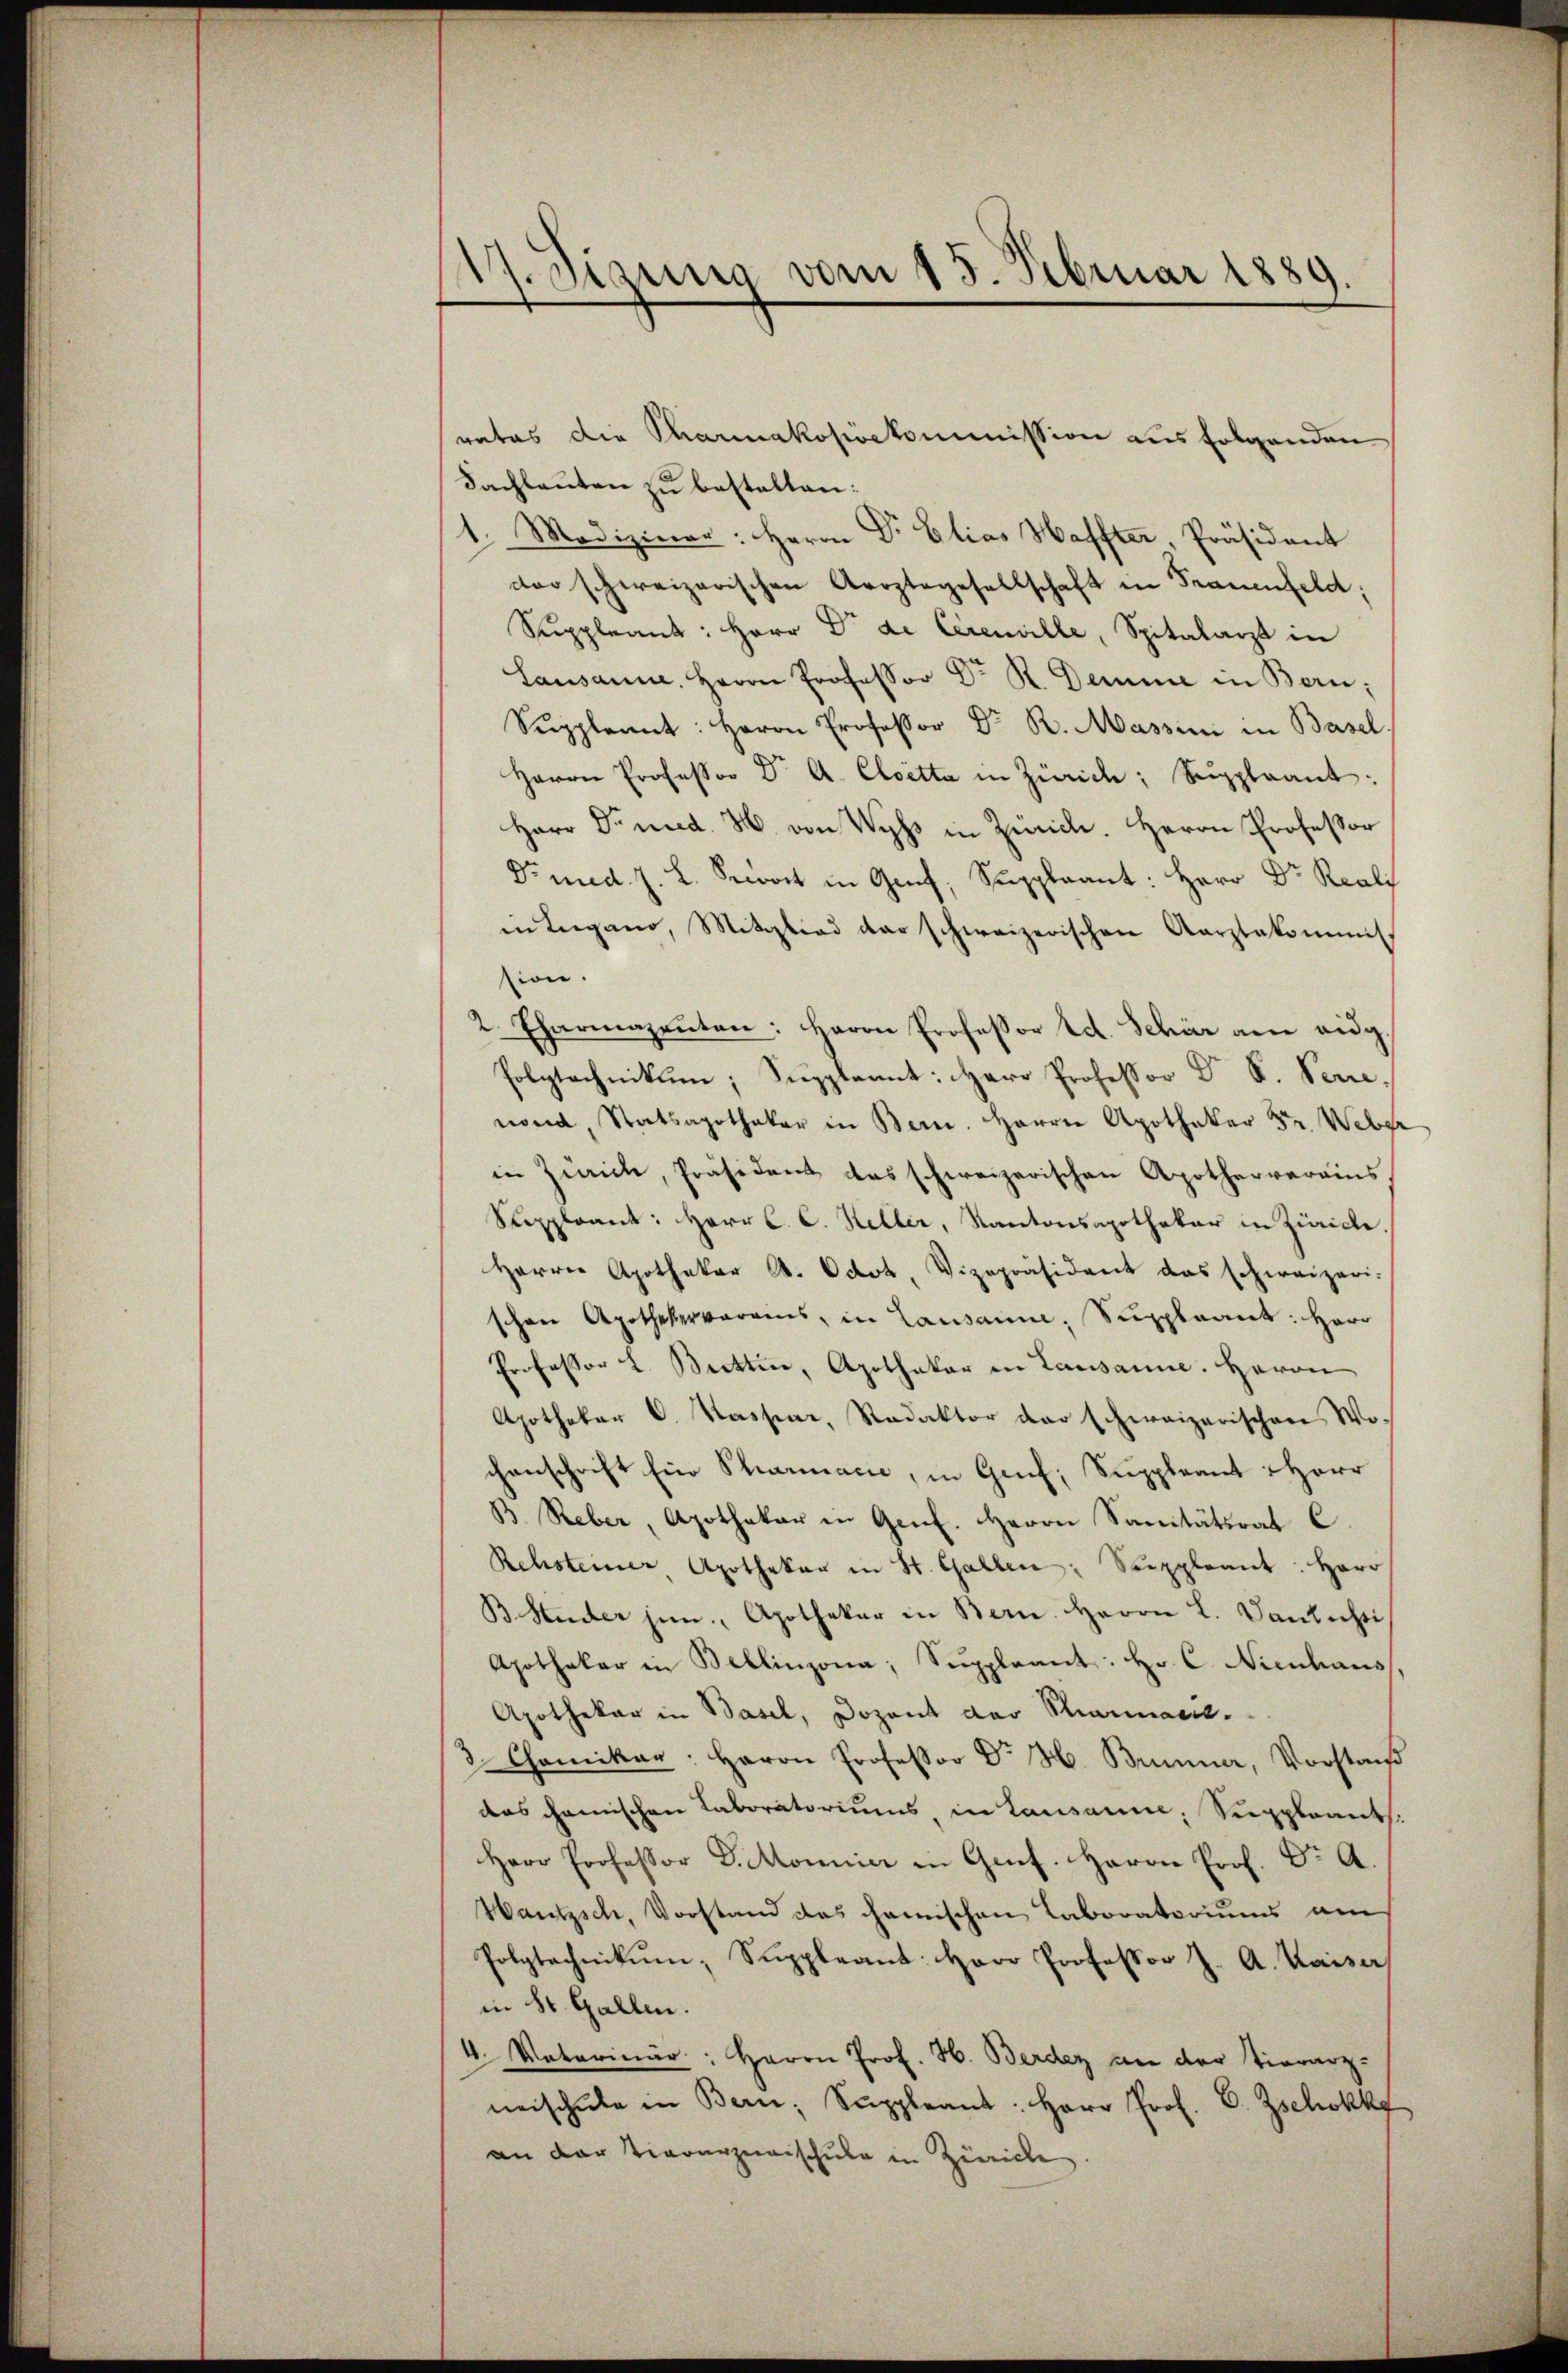
17. Sizung vom 15. Februar 1889.

rates die Pharmakopöekommission aus folgenden
Fachlauten zu bestalten:
1. Mediziner: Herrn Dr. Elias Haffter, Präsident
dor schweizerischen Aerztegesellschaft in Frauenfeld;
Suppleant: Herr Dr. de Cerenille, Spitalarzt in
Lausanne, Herrn Professor Dr. R. Demme in Bern;
Suppleant: Herrn Professor Dr. R. Massini in Basel.
Herrn Professor Dr A. Cloetta in Zürich, Suppleant:
Herr Dr. nud. H. von Wyss in Zürich. Herrn Professor
Dr med. J. L. Secret in Genf, Suppleant: Herr Dr. Reali
in Lugano, Mitglied der schweizerischen Aarztakomit
sion.
2. Charmazeŭten: Herrn Professor Ed. Schär an eidg.
Polytechnikum, Suppleant: Herr Professor Dr. S. Perre.
nond, Statsapotheker in Bern. Herrn Apotheker Fr. Weber
in Zürich, Präsident das schweizerischen Apotherverains
Suppleant: Herr C. C. Keller, Kantonsapothekar in Zürich.
Herrn Apothekar St. Octot, Vizepräsident das schweizeri-
schon Apothekerverains, in Lausanne, Suppleant: Herr
Professor L. Brettin, Apothekar in Lausanne. Herrn
Apothekar C. Kassar, Redaktor der schweizerischen Wo-
chanschrift hier Pharmacie, in Genf, Suppleant Herr
B. Reber, Apothekar in Genf. Herrn Sanitätsrat C.
Rehsteiner Apothekar in St. Gallen: Suppleant: Herr
B Hader jun., Apothekar in Bern. Herrn L. Dantichti
Apothekar in Bellinzona, Suppleant: Hr. C. Nienhaus,
Apothekar in Basel, Dozent der Mammann.
3. Chamikar: Herrn Professor Dr. H. Brunner, Vorstan
das chanischen Laboratoriums in Lausanne, Suppleant.
Herr Professor D. Monnier in Genf. Herrn Prof. Dr A.
Hautzsch, Vorstand das chanischen Laboratoriums am
Polytechnikum, Suppleant: Herr Professor J. A. Kaiser
in St. Gallen.
4. Notarinar: Herrn Prof. H. Berden an der Tierarz-
neischŭle in Bern, Suppleant: Herr Prof. C. Zschokke
an der Tierarzneischule in Zürich.